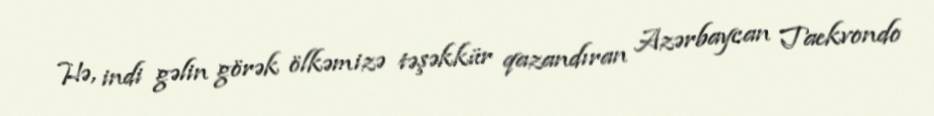
Hə, indi gəlin görək ölkəmizə təşəkkür qazandıran Azərbaycan Taekvondo